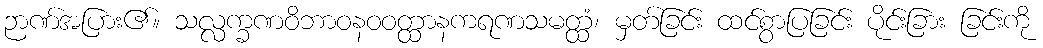
ဉာဏ်အပြား၏။ သလ္လက္ခဏဝိဘာဝနဝဝတ္ထာနကရဏသမတ္ထံ၊ မှတ်ခြင်း ထင်စွာပြခြင်း ပိုင်းခြား ခြင်းကို